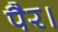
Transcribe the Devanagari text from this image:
पैर।